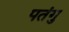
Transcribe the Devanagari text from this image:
पतंगु